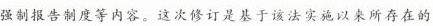
强制报告制度等内容。这次修订是基于该法实施以来所存在的